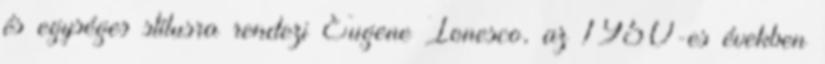
és egységes stílusra rendezi Eugene Ionesco, az 1950-es években